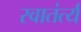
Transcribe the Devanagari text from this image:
स्वातंर्त्य